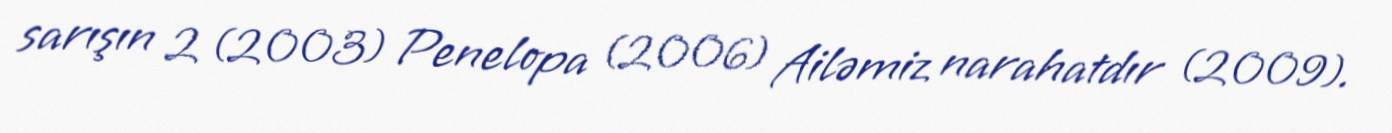
sarışın 2 (2003) Penelopa (2006) Ailəmiz narahatdır (2009).